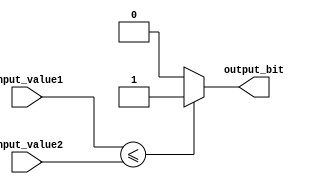
module less_than_equal_to (
    input [7:0] input_value1,
    input [7:0] input_value2,
    output reg output_bit
);

always @(*) begin
    if (input_value1 <= input_value2)
        output_bit = 1;
    else
        output_bit = 0;
end

endmodule